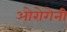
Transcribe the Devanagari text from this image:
ओरोगेनी